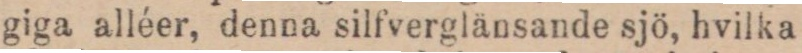
giga alléer, denna silfverglänsande sjö, hvilka